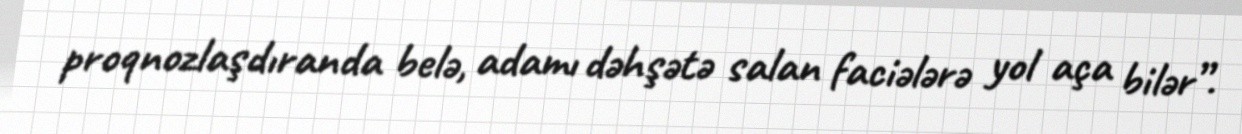
proqnozlaşdıranda belə, adamı dəhşətə salan faciələrə yol aça bilər”.